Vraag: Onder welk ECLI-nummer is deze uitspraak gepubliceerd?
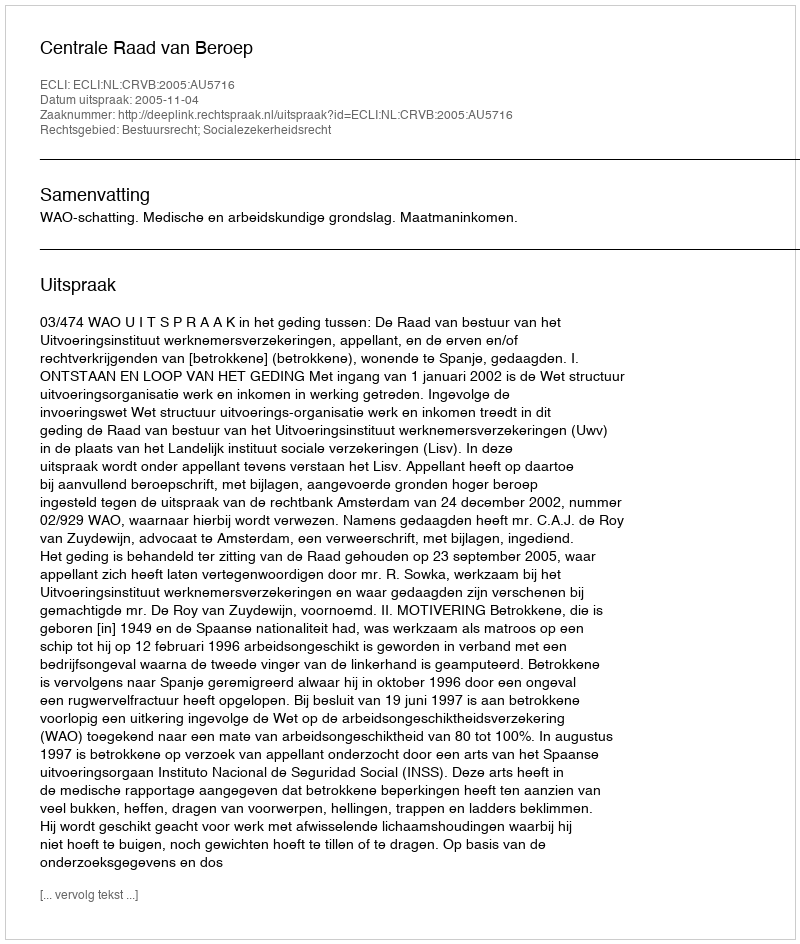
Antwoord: ECLI:NL:CRVB:2005:AU5716